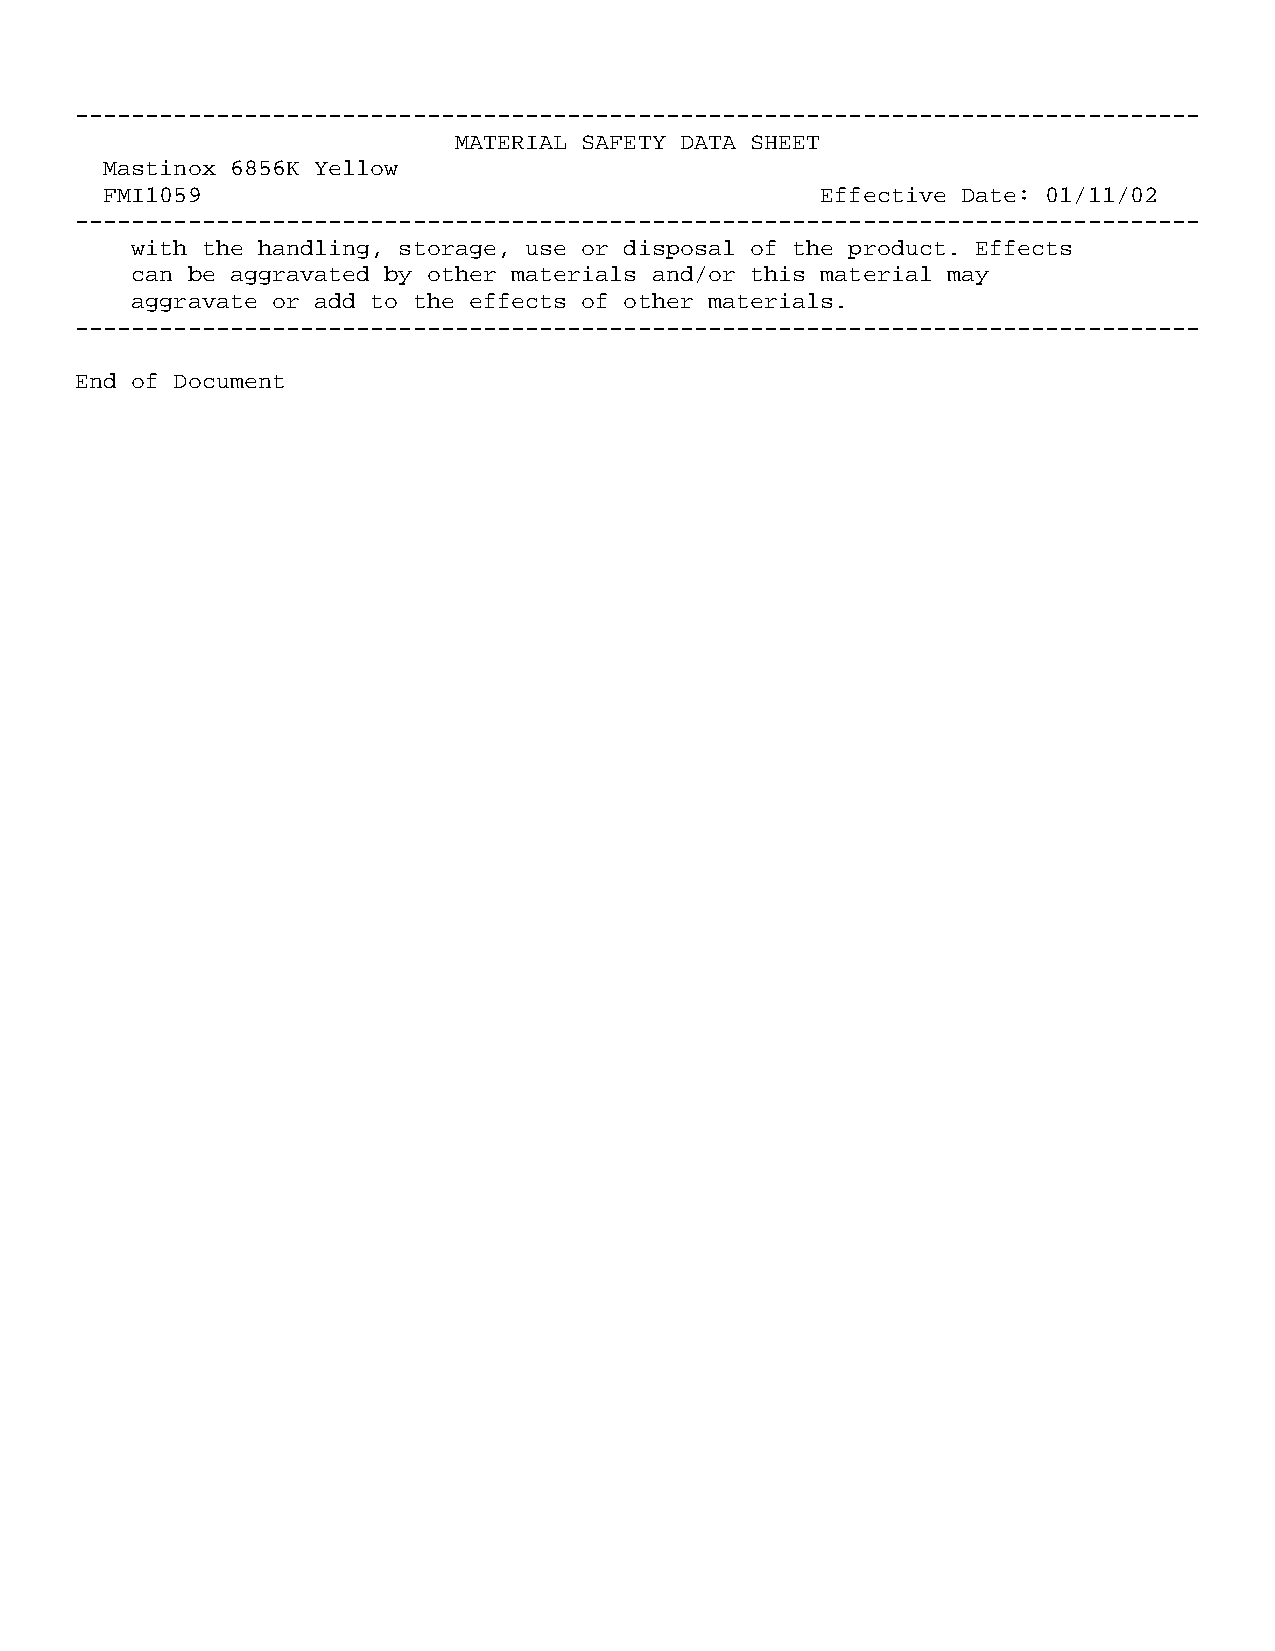
--------------------------------------------------------------------------------
 MATERIAL SAFETY DATA SHEET
 Mastinox 6856K Yellow
 FMI1059                                        Effective Date: 01/11/02
 --------------------------------------------------------------------------------
 with the handling, storage, use or disposal of the product. Effects
 can be aggravated by other materials and/or this material may
 aggravate or add to the effects of other materials.
 --------------------------------------------------------------------------------
 End of Document